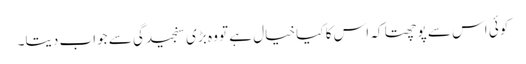
کوئی اس سے پوچھتا کہ اس کا کیا خیال ہے تو وہ بڑی سنجیدگی سے جواب دیتا۔